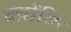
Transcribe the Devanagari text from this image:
क्य़ोंकि